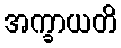
အက္ခာယတိ